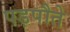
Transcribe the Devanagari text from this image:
पड़पौते